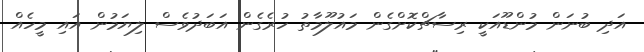
އަދި ބުނަން މުންޑޫއަކީ ރިސާޗްކޮށްގެން މައުލޫމާތު ހުރެގެން އަބަދުވެސް ލިޔަމުން އައި މީހެއް